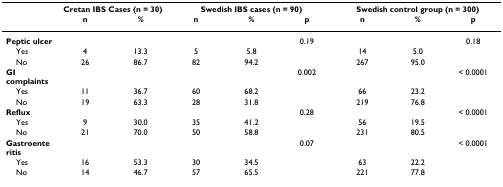
<table><thead><tr><td></td><td colspan="2"><b>Cretan IBS Cases (n = 30)</b></td><td colspan="3"><b>Swedish IBS cases (n = 90)</b></td><td colspan="3"><b>Swedish control group (n = 300)</b></td></tr><tr><td></td><td><b>n</b></td><td><b>%</b></td><td><b>n</b></td><td><b>%</b></td><td><b>p</b></td><td><b>n</b></td><td><b>%</b></td><td><b>p</b></td></tr></thead><tbody><tr><td><b>Peptic ulcer</b></td><td></td><td></td><td></td><td></td><td>0.19</td><td></td><td></td><td>0.18</td></tr><tr><td> Yes</td><td>4</td><td>13.3</td><td>5</td><td>5.8</td><td></td><td>14</td><td>5.0</td><td></td></tr><tr><td> No</td><td>26</td><td>86.7</td><td>82</td><td>94.2</td><td></td><td>267</td><td>95.0</td><td></td></tr><tr><td><b>GI complaints</b></td><td></td><td></td><td></td><td></td><td>0.002</td><td></td><td></td><td>&lt; 0.0001</td></tr><tr><td> Yes</td><td>11</td><td>36.7</td><td>60</td><td>68.2</td><td></td><td>66</td><td>23.2</td><td></td></tr><tr><td> No</td><td>19</td><td>63.3</td><td>28</td><td>31.8</td><td></td><td>219</td><td>76.8</td><td></td></tr><tr><td><b>Reflux</b></td><td></td><td></td><td></td><td></td><td>0.28</td><td></td><td></td><td>&lt; 0.0001</td></tr><tr><td> Yes</td><td>9</td><td>30.0</td><td>35</td><td>41.2</td><td></td><td>56</td><td>19.5</td><td></td></tr><tr><td> No</td><td>21</td><td>70.0</td><td>50</td><td>58.8</td><td></td><td>231</td><td>80.5</td><td></td></tr><tr><td><b>Gastroenteritis</b></td><td></td><td></td><td></td><td></td><td>0.07</td><td></td><td></td><td>&lt; 0.0001</td></tr><tr><td> Yes</td><td>16</td><td>53.3</td><td>30</td><td>34.5</td><td></td><td>63</td><td>22.2</td><td></td></tr><tr><td> No</td><td>14</td><td>46.7</td><td>57</td><td>65.5</td><td></td><td>221</td><td>77.8</td><td></td></tr></tbody></table>